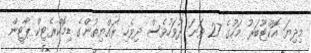
މިދިޔަ އޮކްޓޫބަރު މަހުގެ 27 ވަނަ ދުވަހުވެސް ދިވެހި ރައްޔިތުންގެ ޑިމޮކްރެޓިކް ޕާޓީން